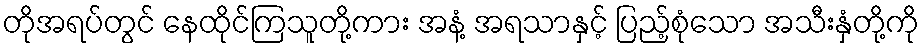
တိုအရပ်တွင် နေထိုင်ကြသူတို့ကား အနံ့ အရသာနှင့် ပြည့်စုံသော အသီးနှံတို့ကို